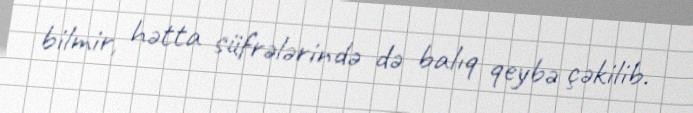
bilmir, hətta süfrələrində də balıq qeybə çəkilib.